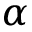
\alpha